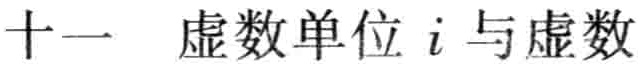
十一 虚数单位 \(i\) 与虚数